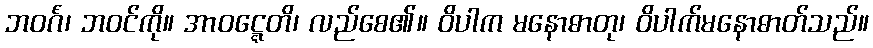
ဘဝင်္ဂံ၊ ဘဝင်ကို။ အာဝဋ္ဋေတိ၊ လည်စေ၏။ ဝိပါက မနောဓာတု၊ ဝိပါက်မနောဓာတ်သည်။